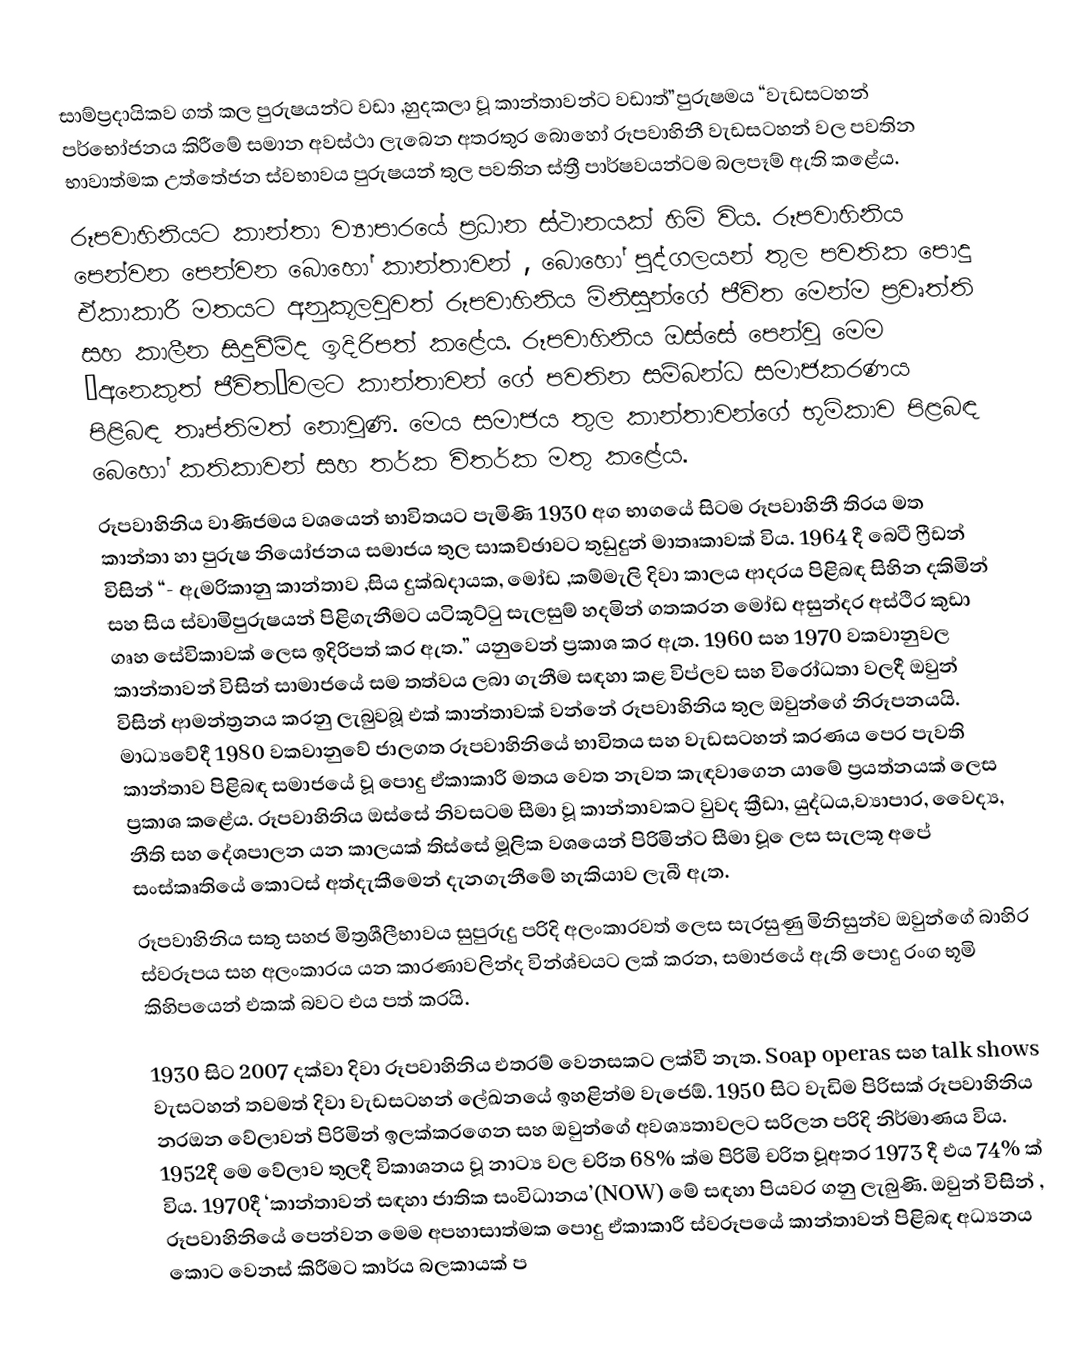
සාම්ප්‍රදායිකව ගත් කල පුරුෂයන්ට වඩා ,හුදකලා වූ කාන්තාවන්ට වඩාත්”පුරුෂමය “වැඩසටහන් පර්භෝජනය කිරීමේ සමාන අවස්ථා ලැබෙන අතරතුර බොහෝ රූපවාහිනී වැඩසටහන් වල පවතින භාවාත්මක උත්තේජන ස්වභාවය පුරුෂයන් තුල පවතින ස්ත්‍රී පාර්ෂවයන්ටම බලපෑම් ඇති කළේය.
රූපවාහිනියට කාන්තා ව්‍යාපාරයේ ප්‍රධාන ස්ථානයක් හිමි විය. රූපවාහිනිය පෙන්වන පෙන්වන බොහෝ කාන්තාවන් , බොහෝ පුද්ගලයන් තුල පවතික පොදු ඒකාකාරී මතයට අනුකූලවුවත් රූපවාහිනිය මිනිසුන්ගේ  ජීවිත මෙන්ම ප්‍රවෘත්ති සහ කාලීන සිදුවීම්ද ඉදිරිපත් කළේය. රූපවාහිනිය ඔස්සේ පෙන්වූ මෙම ‘අනෙකුත් ජීවිත’වලට කාන්තාවන් ගේ පවතින සම්බන්ධ සමාජකරණය පිළිබඳ තෘප්තිමත් නොවූණි. මෙය සමාජය තුල කාන්තාවන්ගේ භූමිකාව පිළබඳ බෙහෝ කතිකාවන් සහ තර්ක විතර්ක මතු කළේය.
රූපවාහිනිය වාණිජමය වශයෙන් භාවිතයට පැමිණි 1930 අග භාගයේ සිටම රූපවාහිනී තිරය මත කාන්තා හා පුරුෂ නියෝජනය සමාජය තුල සාකච්ඡාවට තුඩුදුන් මාතෘකාවක් විය. 1964 දී බෙටී ෆ්‍රීඩන් විසින් “- ඇමරිකානු කාන්තාව ,සිය දුක්ඛදායක, මෝඩ ,කම්මැලි දිවා කාලය ආදරය පිළිබඳ සිහින දකිමින් සහ සිය ස්වාමිපුරුෂයන් පිළිගැනීමට යටිකූට්ටු සැලසුම් හදමින් ගතකරන  මෝඩ අසුන්දර අස්ථිර කුඩා ගෘහ සේවිකාවක් ලෙස ඉදිරිපත් කර ඇත.” යනුවෙන් ප්‍රකාශ කර ඇත. 1960 සහ 1970 වකවානුවල කාන්තාවන් විසින් සාමාජයේ සම තත්වය ලබා ගැනීම සඳහා කළ විප්ලව සහ විරෝධතා වලදී ඔවුන් විසින් ආමන්ත්‍රනය කරනු ලැබුවබූ  එක් කාන්තාවක් වන්නේ රූපවාහිනිය තුල ඔවුන්ගේ නිරූපනයයි. මාධ්‍යවේදී 1980 වකවානුවේ ජාලගත රූපවාහිනියේ  භාවිතය සහ වැඩසටහන් කරණය පෙර පැවති කාන්තාව පිළිබඳ සමාජයේ වූ පොදු ඒකාකාරී මතය වෙත නැවත කැඳවාගෙන යාමේ ප්‍රයත්නයක් ලෙස ප්‍රකාශ කළේය. රූපවාහිනිය ඔස්සේ නිවසටම සීමා වූ කාන්තාවකට වුවද ක්‍රීඩා, යුද්ධය,ව්‍යාපාර, වෛද්‍ය, නීති සහ දේශපාලන යන කාලයක් තිස්සේ මූලික වශයෙන් පිරිමින්ට සීමා වූ ‍ෙලස සැලකූ අපේ සංස්කෘතියේ කොටස් අත්දැකීමෙන් දැනගැනීමේ හැකියාව ලැබී ඇත.
රූපවාහිනිය සතු සහජ මිත්‍රශීලීභාවය සුපුරුදු පරිදි  අලංකාරවත් ලෙස සැරසුණු මිනිසුන්ව ඔවුන්ගේ බාහිර ස්වරූපය සහ අලංකාරය යන කාරණාවලින්ද වින්ශ්චයට ලක් කරන, සමාජයේ ඇති පොදු රංග භූමි කිහිපයෙන් එකක් බවට එය පත් කරයි.

1930 සිට 2007 දක්වා දිවා රූපවාහිනිය එතරම් වෙනසකට ලක්වී නැත. Soap operas සහ talk shows  වැසටහන් තවමත් දිවා වැඩසටහන් ලේඛනයේ ඉහළින්ම වැජ‍ෙඕ. 1950 සිට වැඩිම පිරිසක් රූපවාහිනිය නරඔන වේලාවන් පිරිමින් ඉලක්කරගෙන සහ ඔවුන්ගේ අවශ්‍යතාවලට සරිලන පරිදි නිර්මාණය විය. 1952දී මෙ වේලාව තුලදී විකාශනය වූ නාට්‍ය වල චරිත 68% ක්ම පිරිමි චරිත වූඅතර 1973 දී එය 74% ක් විය. 1970දී ‘කාන්තාවන් සඳහා ජාතික සංවිධානය’(NOW) මේ සඳහා පියවර ගනු ලැබුණි. ඔවුන් විසින් , රූපවාහිනියේ පෙන්වන මෙම අපහාසාත්මක පොදු ඒකාකාරී ස්වරූපයේ කාන්තාවන් පිළිබඳ අධ්‍යනය කොට වෙනස් කිරීමට කාර්ය බලකායක් ප